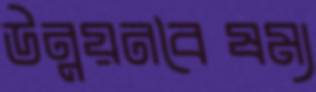
উন্নয়নবৈষম্য